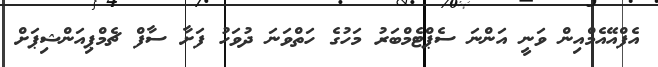
އެފްއޭއެމްއިން ވަނީ އަންނަ ސެޕްޓެމްބަރު މަހުގެ ހަތްވަނަ ދުވަހު ފަށާ ސާފް ޗެމްޕިއަންޝިޕަށް